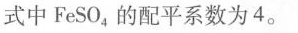
式中FeSO_{4}的配平系数为4。